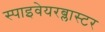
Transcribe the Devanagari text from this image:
स्पाइवेयरब्लास्टर